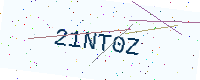
Text: 21NT0Z